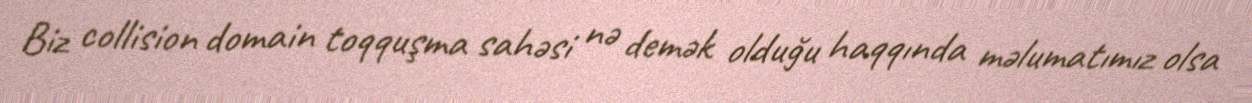
Biz collision domain toqquşma sahəsi nə demək olduğu haqqında məlumatımız olsa